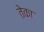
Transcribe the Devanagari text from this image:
तेका